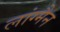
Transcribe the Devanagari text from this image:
लांग्मैन